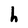
Character: h